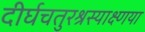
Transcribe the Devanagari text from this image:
दीर्घचतुरश्रस्याक्ष्णया